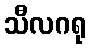
သီလဂရု